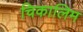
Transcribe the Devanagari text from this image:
चिकालिम